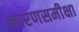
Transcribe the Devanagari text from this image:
कारणसमीक्षा